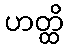
ဟတ္ထိ